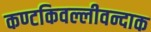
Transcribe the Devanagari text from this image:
कण्टकिवल्लीवन्दाक